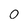
Character: 0